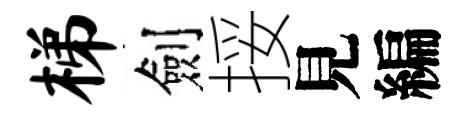
梯劍挼見編